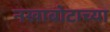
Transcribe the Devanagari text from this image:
नखाबोटाच्या